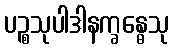
ပဉ္စသုပါဒါနက္ခန္ဓေသု